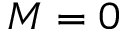
M = 0